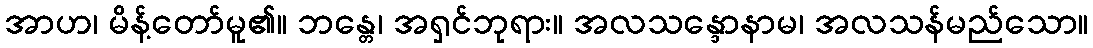
အာဟ၊ မိန့်တော်မူ၏။ ဘန္တေ၊ အရှင်ဘုရား။ အလသန္ဒောနာမ၊ အလသန်မည်သော။